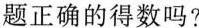
题正确的得数吗?